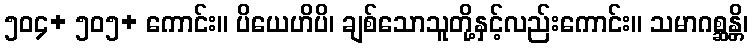
၅၀၄+ ၅၀၅+ ကောင်း။ ပိယေဟိပိ၊ ချစ်သောသူတို့နှင့်လည်းကောင်း။ သမာဂစ္ဆန္တိ၊